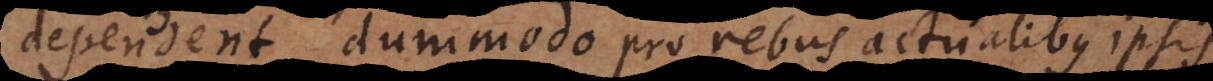
dependent, dummodo pro rebus ipsis